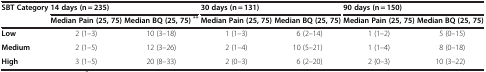
| SBT Category | <COLSPAN=2> 14 days (n = 235) | <COLSPAN=2> 30 days (n = 131) | <COLSPAN=2> 90 days (n = 150) |
 |  | Median Pain (25, 75) | Median BQ (25, 75)** | Median Pain (25, 75) | Median BQ (25, 75) | Median Pain (25, 75) | Median BQ (25, 75) |
 | --- | --- | --- | --- | --- | --- | --- |
 | Low | 2 (1–3) | 10 (3–18) | 1 (1–3) | 6 (2–14) | 1 (1–2) | 5 (0–15) |
 | Medium | 2 (1–5) | 12 (3–26) | 2 (1–4) | 10 (5–21) | 1 (1–4) | 8 (0–18) |
 | High | 3 (1–5) | 20 (8–33) | 2 (0–3) | 6 (2–20) | 2 (0–3) | 10 (3–22) |